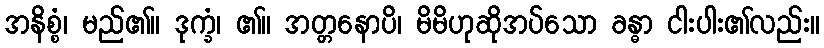
အနိစ္စံ၊ မည်၏။ ဒုက္ခံ၊ ၏။ အတ္တနောပိ၊ မိမိဟုဆိုအပ်သော ခန္ဓာ ငါးပါး၏လည်း။